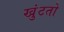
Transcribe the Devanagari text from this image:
खुंटतो